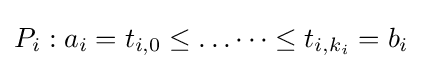
P_{i}:a_{i}=t_{i,0}\leq \dots \cdots \leq t_{i,k_{i}}=b_{i}